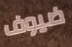
ضيوف